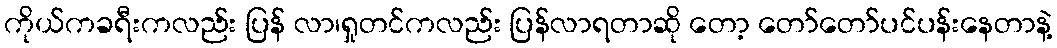
ကိုယ်ကခရီးကလည်း ပြန် လာ၊ရှုတင်ကလည်း ပြန်လာရတာဆို တော့ တော်တော်ပင်ပန်းနေတာနဲ့